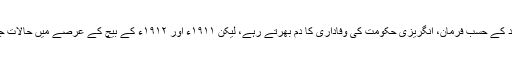
١٩١١ء تک متحدہ ہندوستان کے اکثر مسلمان قائدین، سرسید کے حسب فرمان، انگریزی حکومت کی وفاداری کا دم بھرتے رہے، لیکن ١٩١١ء اور ١٩١٢ء کے بیچ کے عرصے میں حالات جو ایک ڈھرّے پر چلے جا رہے تھے، اچانک پلٹا کھا گئے۔